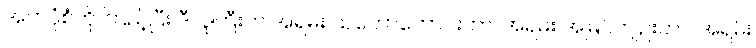
အဘပုံစံကို ကြည့်ပြီး ဒီလူကြီးက အရမ်း သဘောကောင်းတာ၊ အရမ်း အမြင်ကျဉ်းတာ၊ အရမ်း